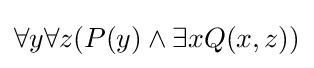
\forall y\forall z(P(y)\land \exists xQ(x,z))